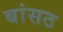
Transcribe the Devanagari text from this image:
बांसठ